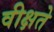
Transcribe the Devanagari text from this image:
वीक्षते